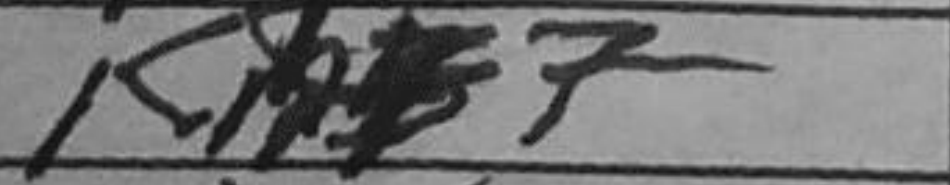
Transcription: Kh7